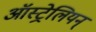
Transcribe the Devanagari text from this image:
ऑस्ट्रेलियन्